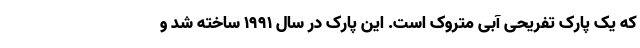
که یک پارک تفریحی آبی متروک است. این پارک در سال ۱۹۹۱ ساخته شد و